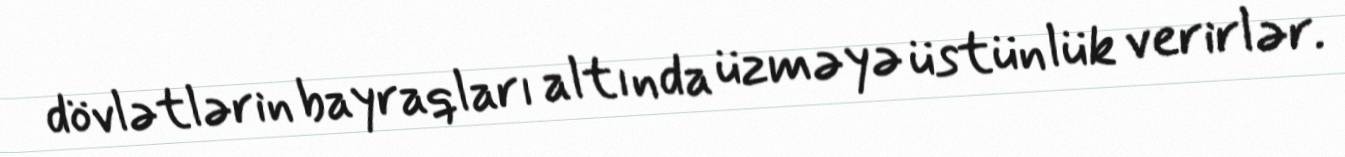
dövlətlərin bayraqları altında üzməyə üstünlük verirlər.